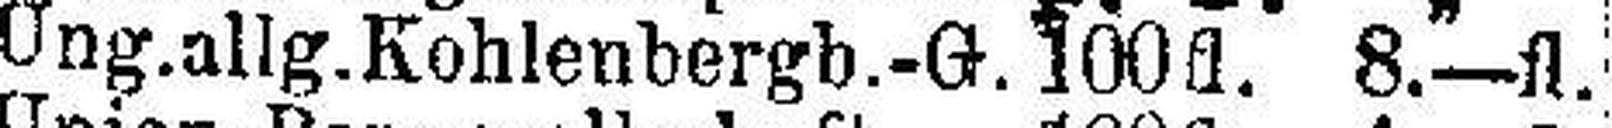
Ung.allg.Kohlenbergb.-G. 100 fl. 8.—fl.